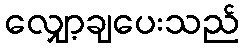
လျှော့ချပေးသည်